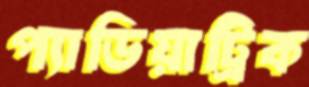
প্যাডিয়াট্রিক